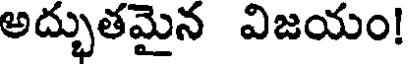
అద్భుతమైన విజయం!